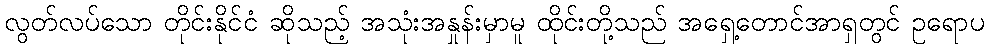
လွတ်လပ်သော တိုင်းနိုင်ငံ ဆိုသည့် အသုံးအနှုန်းမှာမူ ထိုင်းတို့သည် အရှေ့တောင်အာရှတွင် ဥရောပ